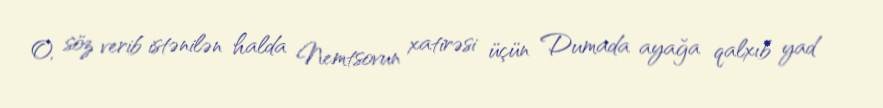
O, söz verib istənilən halda Nemtsovun xatirəsi üçün Dumada ayağa qalxıb yad